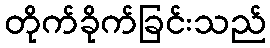
တိုက်ခိုက်ခြင်းသည်